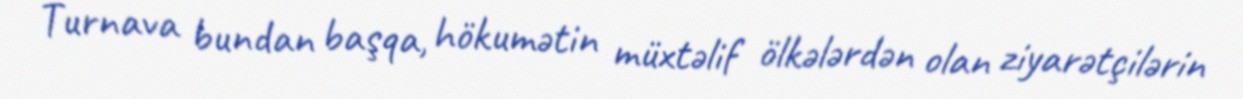
Turnava bundan başqa, hökumətin müxtəlif ölkələrdən olan ziyarətçilərin